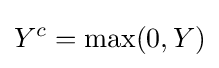
Y^{c}=\max(0,Y)